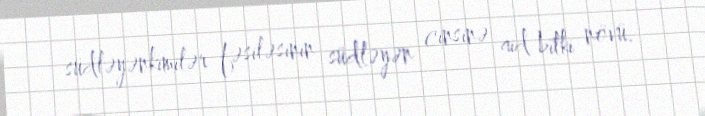
südləyənkimilər fəsiləsinin südləyən cinsinə aid bitki növü.